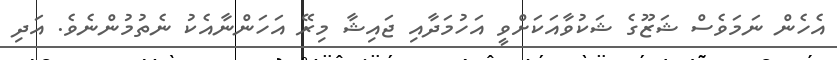
އެހެން ނަމަވެސް ޝަޒޫގެ ޝަކުވާއަކަށްވީ އަހުމަދާއި ޖައިޝާ މިރޭ އަހަންނާއެކު ނެތުމުންނެވެ. އަދި